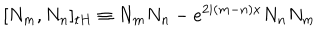
\lbrack N _ { m } , N _ { n } ] _ { t H } \equiv N _ { m } N _ { n } - e ^ { 2 i ( m - n ) x } N _ { n } N _ { m }